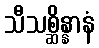
သီသစ္ဆိန္နာနံ